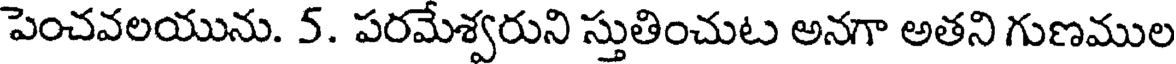
పెంచవలయును. 5. పరమేశ్వరుని స్తుతించుట అనగా అతని గుణముల